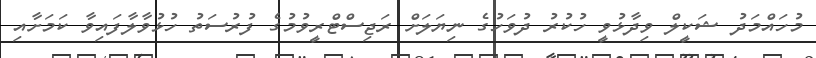
މުހައްމަދު ޝަކީލް ވިދާޅުވީ ހުކުރު ދުވަހުގެ ނިޔަލަށް ރަޖިސްޓްރީވުމުގެ ފުރުސަތު ހުޅުވާލާފައިވާ ކަމަށާއި